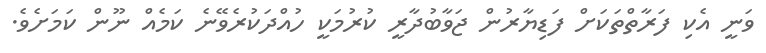
ވަނީ އެކި ފަރާތްތަކަށް ފަޑިޔާރުން ޖަވާބުދާރީ ކުރުމަކީ ހުއްދަކުރެވޭނެ ކަމެއް ނޫން ކަމަށެވެ.